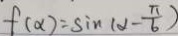
f ( \alpha ) = \sin ( \alpha - \frac { \pi } { 6 } )